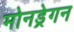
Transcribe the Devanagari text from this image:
मोनड्रेगन